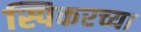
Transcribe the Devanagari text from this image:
स्पिकरच्या